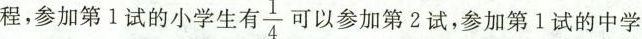
程，参加第1试的小学生有$$\frac{1}{4}$$ 可以参加第2试，参加第1试的中学